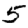
Digit: 5